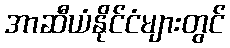
အာဆီယံနိုင်ငံများတွင်